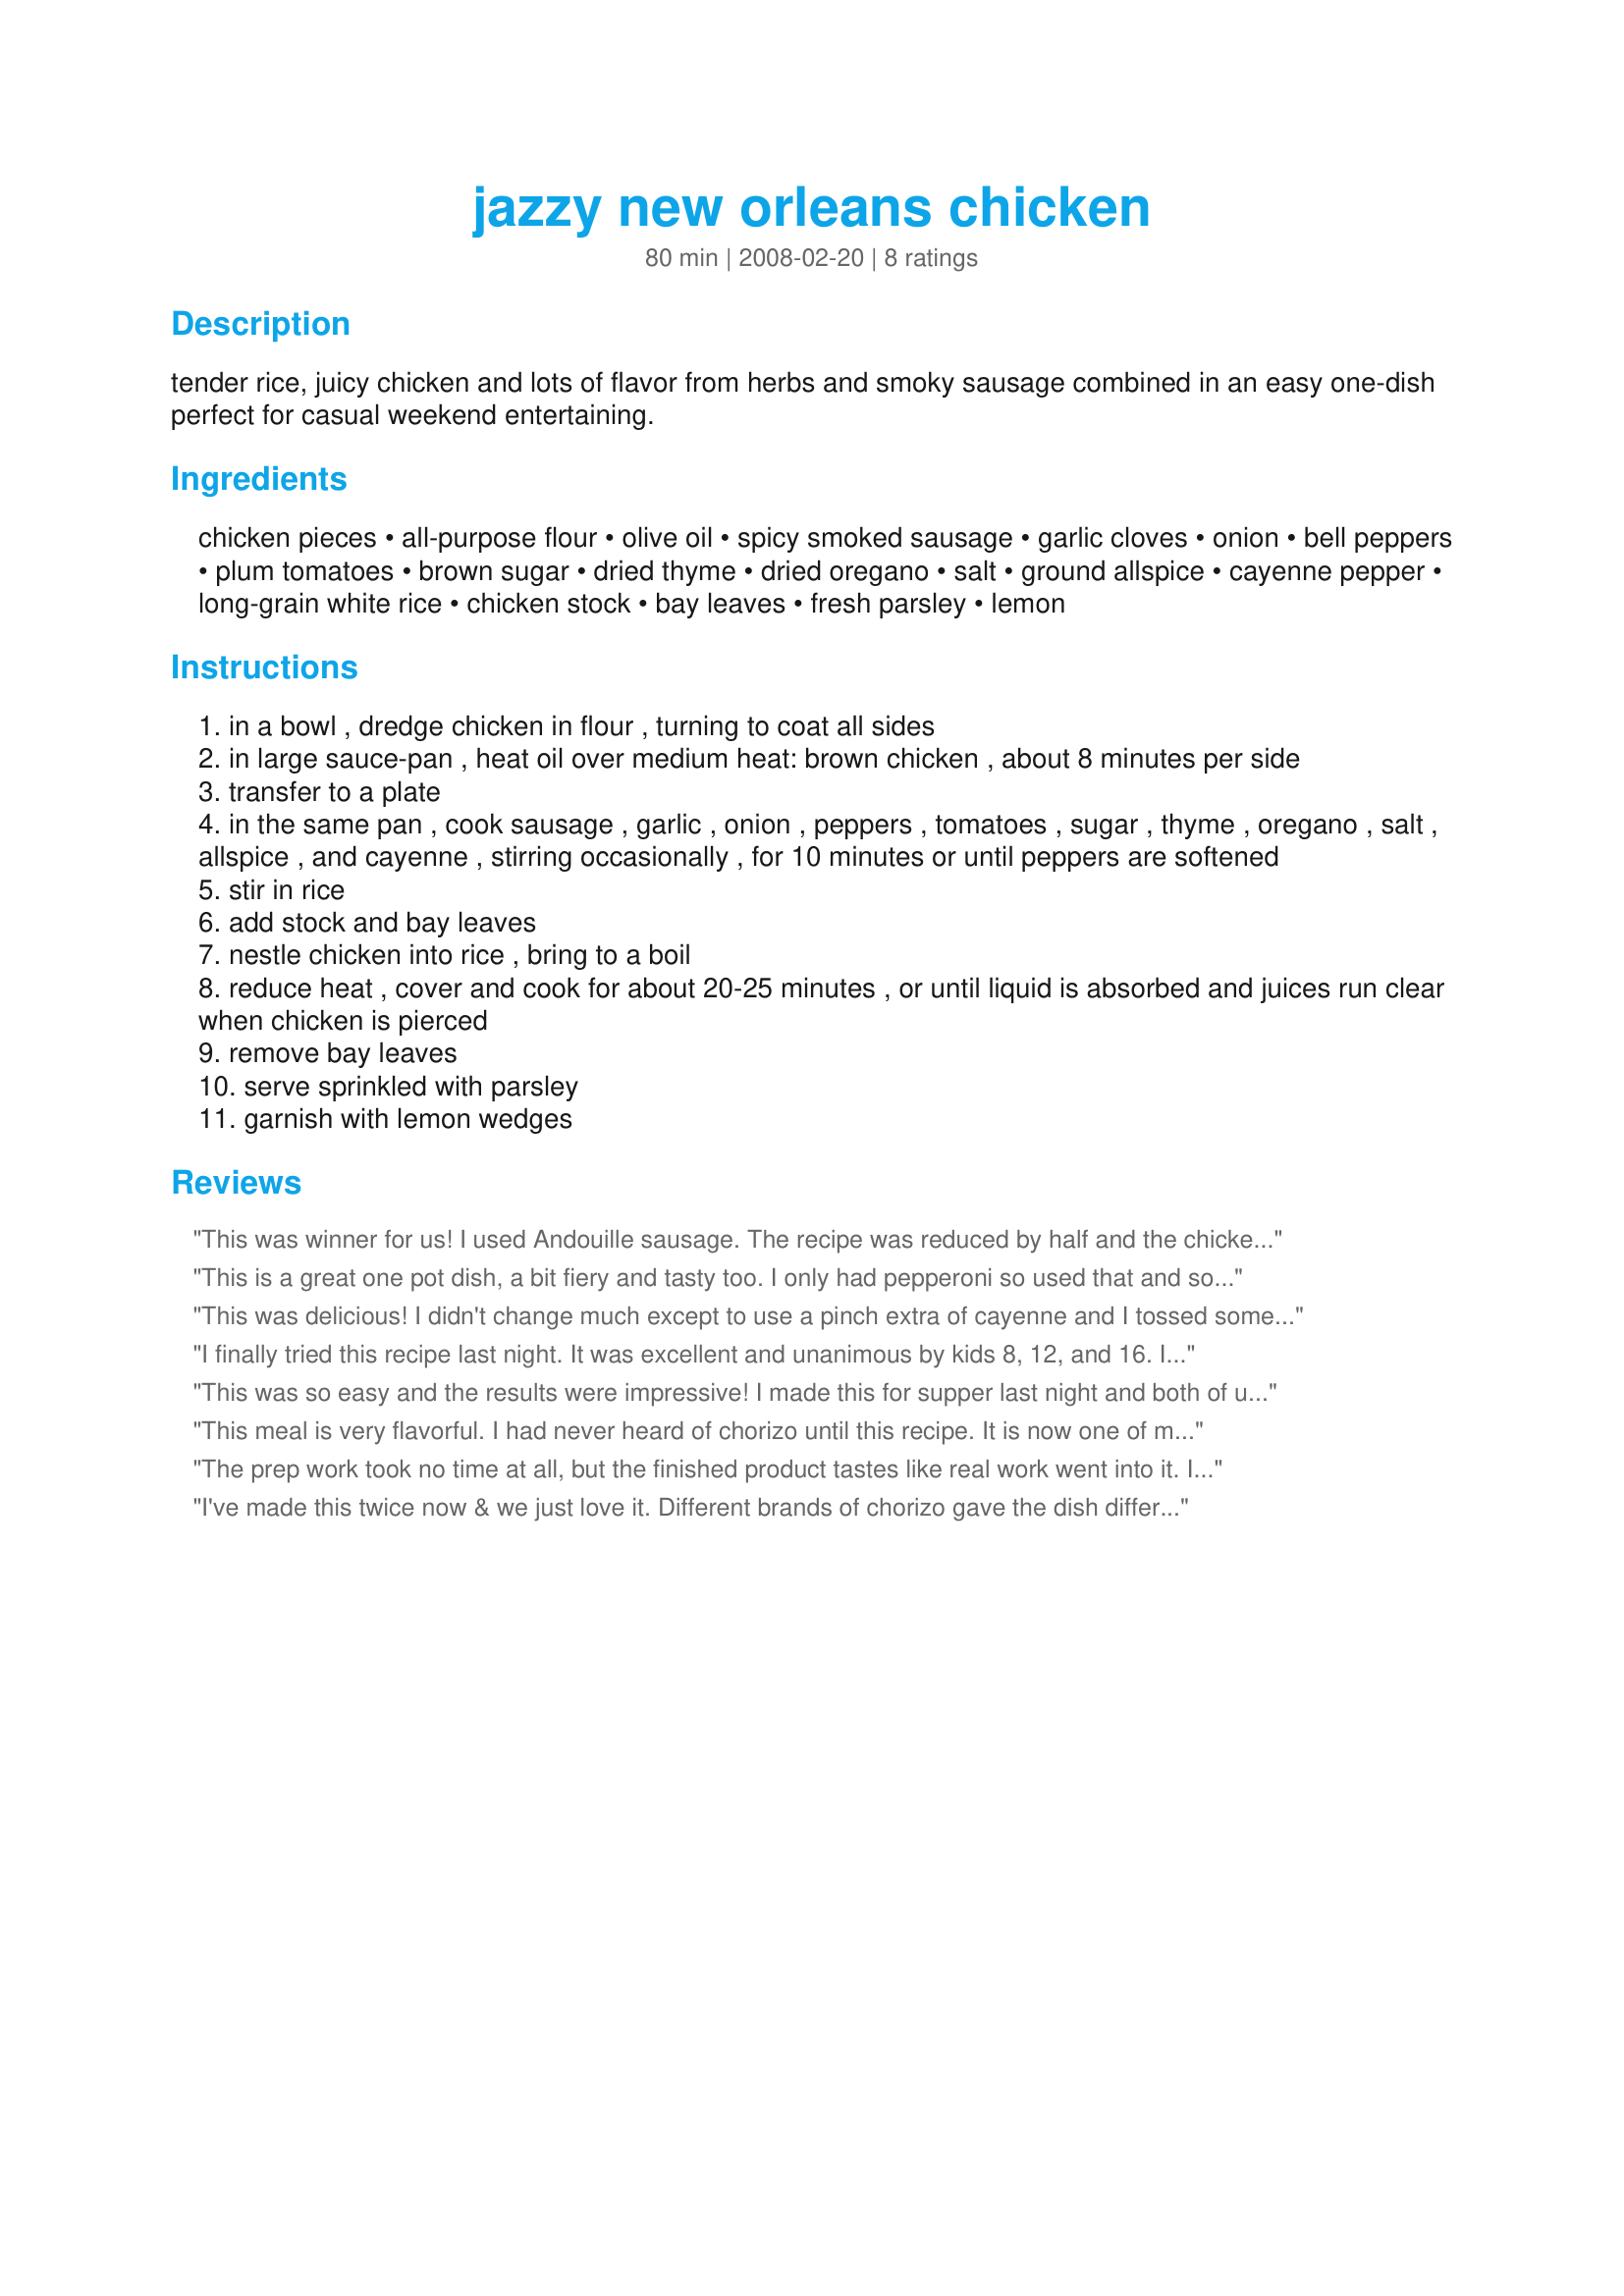
jazzy new orleans chicken
Preparation time: 80 minutes

tender rice, juicy chicken and lots of flavor from herbs and smoky sausage combined in an easy one-dish perfect for casual weekend entertaining.

Ingredients:
chicken pieces, all-purpose flour, olive oil, spicy smoked sausage, garlic cloves, onion, bell peppers, plum tomatoes, brown sugar, dried thyme, dried oregano, salt, ground allspice, cayenne pepper, long-grain white rice, chicken stock, bay leaves, fresh parsley, lemon

Steps:
in a bowl , dredge chicken in flour , turning to coat all sides
in large sauce-pan , heat oil over medium heat: brown chicken , about 8 minutes per side
transfer to a plate
in the same pan , cook sausage , garlic , onion , peppers , tomatoes , sugar , thyme , oregano , salt , allspice , and cayenne , stirring occasionally , for 10 minutes or until peppers are softened
stir in rice
add stock and bay leaves
nestle chicken into rice , bring to a boil
reduce heat , cover and cook for about 20-25 minutes , or until liquid is absorbed and juices run clear when chicken is pierced
remove bay leaves
serve sprinkled with parsley
garnish with lemon wedges

Reviews:
This was winner for us! I used Andouille sausage. The recipe was reduced by half and the chicken was leg quarters. The recipe actually made 3 nice servings which makes for better nutritional values. Made for *Aussie Swap May 2009*
This is a great one pot dish, a bit fiery and tasty too. I only had pepperoni so used that and some boneless fillets that I'd cubed. A great one to help clear those sinuses, hubby proclaimed...:lol: Thanks for posting!
This was delicious! I didn't change much except to use a pinch extra of cayenne and I tossed some cajun spice into the flour dredge. I was supposed to have guests this past weekend who cancelled last minute and I was going to try it out on them. But I ended up just making it for me and DH anyway - and we loved it! Great one dish meal too, if you like that. I used Andouille sausage as well, 1 red and 1 orange pepper. 2 sm bone-in breasts and 3 drumsticks (equaled ~ 2.25 pounds). One thing - it makes A LOT! I'd say at least 6 servings. We have some much leftover! Having it again for dinner tonight. Thanks Chili - great recipe and definitely a keeper for us!
I finally tried this recipe last night. It was excellent and unanimous by kids 8, 12, and 16. I used boneless, skinless chicken tenderloins and Polka Kielbasa smoked sausage. I added some garlic salt and Cajun seasoning to the flour and also added garlic salt and Cajun seasoning to the vegetables as they were sauteing. I also cooked the sliced sausages for about 5 min. before adding the vegetables. Since I did not use a hot sausage, I upped the amount of cayenne pepper. I used the sweet peppers which complimented the dish perfectly. This would be easy to make for a big group. Thank you for posting!
This was so easy and the results were impressive! I made this for supper last night and both of us really enjoyed it. I used chorizo sausage and some fire roasted preserved red peppers I made last year. I was also able to use fresh herbs from my garden in place of the dried herbs - I upped the quantities to 2 teaspoons. I used Camargue rice, a mixture of red and white for a tasty and spicy supper! We have the leftovers to eat tonight - what a great recipe! Merci Chili Spice . Made for the Aussie/NZ recipe swap. FT:-)
This meal is very flavorful. I had never heard of chorizo until this recipe. It is now one of my favorites. You can omit the rice for a low-carb meal.
The prep work took no time at all, but the finished product tastes like real work went into it. I didn't have any oregano, but next time won't skip it. I used whole grain rice, more than a pinch of cayenne, and about 3/4 tsp salt. It took a little longer to cook, but I didn't mind. The aroma filled the house with anticipation. It's a tasty dish and a nice change from the usual. I'll make it again.
I've made this twice now & we just love it. Different brands of chorizo gave the dish different flavours, but that's not a bad thing. Easy to put together with great results. I used 1lb chicken thigh fillets, which I dredged in a combination of maize flour & creole seasoning. I also used a sml tin chopped tomatoes instead of the 3 plums, as this was all I had on hand. Great meal. Thanks Chili for a nice, easy keeper.
